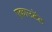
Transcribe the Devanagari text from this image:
एकाउटेंट